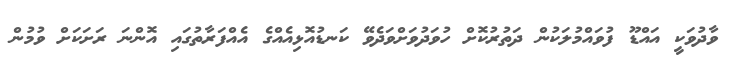
ވާދުވަކީ އައްޑޫ ފުވައްމުލަކުން ދަތުރުކޮށް ހުވަދުވަށްވަދެވޭ ކަނޑުއޮޅިއެއްގެ އެއްފަރާތުގައި އޮންނަ ރަށަކަށް ވުމުން